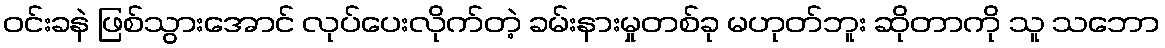
ဝင်းခနဲ ဖြစ်သွားအောင် လုပ်ပေးလိုက်တဲ့ ခမ်းနားမှုတစ်ခု မဟုတ်ဘူး ဆိုတာကို သူ သဘော